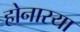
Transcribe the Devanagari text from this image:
होनारया